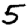
Digit: 5